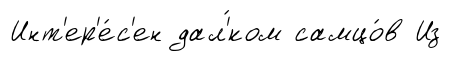
Инт'ер'е́с'ен дал'́ком самцо́в Из